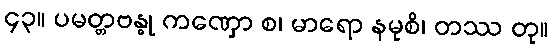
၄၃။ ပမတ္တဗန္ဓု ကဏှော စ၊ မာရော နမုစိ၊ တဿ တု။